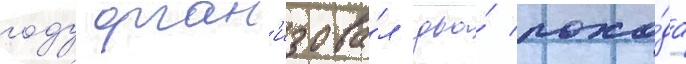
году орган'изова́л два́ похо́да